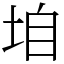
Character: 垍